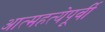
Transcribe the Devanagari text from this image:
आत्महत्येपूर्वी